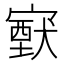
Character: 𡫈